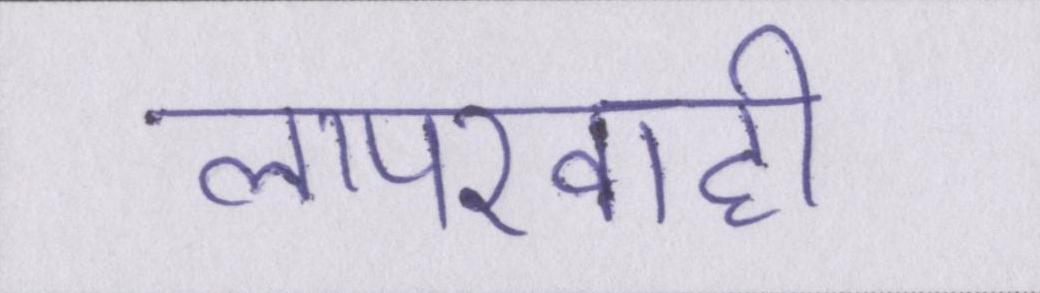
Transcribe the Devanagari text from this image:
लापरवाही